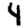
Digit: 4